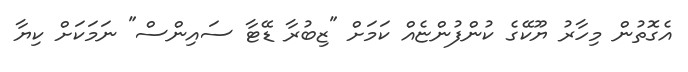
އެގޮތުން މިހާރު ޔޫކޭގެ ކުންފުންޏެއް ކަމަށް "ޒިބުރާ ޑޭޓާ ސައިންސް" ނަމަކަށް ކިޔާ